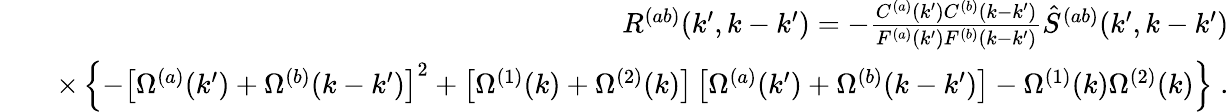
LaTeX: \begin{array}{rlr}&{}&{R^{(ab)}(k^{\prime},k-k^{\prime})=-\frac{C^{(a)}(k^{\prime})C^{(b)}(k-k^{\prime})}{F^{(a)}(k^{\prime})F^{(b)}(k-k^{\prime})}\hat{S}^{(ab)}(k^{\prime},k-k^{\prime})}\\ &{}&{\times\left\{ -\left[\Omega^{(a)}(k^{\prime})+\Omega^{(b)}(k-k^{\prime})\right]^{2}+\left[\Omega^{(1)}(k)+\Omega^{(2)}(k)\right]\left[\Omega^{(a)}(k^{\prime})+\Omega^{(b)}(k-k^{\prime})\right]-\Omega^{(1)}(k)\Omega^{(2)}(k)\right\} \; .}\end{array}